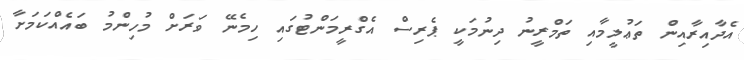
އެދާއިރާއިން ތަޢުލީމާއި ތަމްރީނު ދިނުމަކީ ޕެރިސް އެގްރީމަންޓުގައި ހިމެނޭ ވަރަށް މުހިންމު ބައެއްކަމަށާ